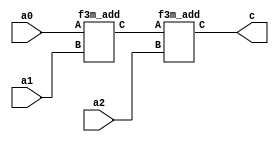
`define M     97          // M is the degree of the irreducible polynomial
`define WIDTH (2*`M-1)    // width for a GF(3^M) element
`define W2    (4*`M-1)    // width for a GF(3^{2*M}) element
`define W3    (6*`M-1)    // width for a GF(3^{3*M}) element
`define W6    (12*`M-1)   // width for a GF(3^{6*M}) element
`define PX    196'h4000000000000000000000000000000000000000001000002 // PX is the irreducible polynomial
`define ZERO {(2*`M){1'b0}}
`define TWO {(2*`M-2){1'b0}},2'b10
`define MOST 2*`M+1:2*`M

module f3m_add3(a0, a1, a2, c);
    input [`WIDTH:0] a0,a1,a2;
    output [`WIDTH:0] c;
    wire [`WIDTH:0] v;
    f3m_add
        ins1 (a0,a1,v), // v == a0+a1
        ins2 (v,a2,c);  // c == v+a2 == a0+a1+a2
endmodule

module f3m_add(A, B, C);
    input [`WIDTH : 0] A, B;
    output [`WIDTH : 0] C;
    genvar i;
    generate
        for(i=0; i<`M; i=i+1) begin: aa
            f3_add aa(A[(2*i+1) : 2*i], B[(2*i+1) : 2*i], C[(2*i+1) : 2*i]);
        end
    endgenerate
endmodule
module f3_add(A, B, C);
    input [1:0] A, B;
    output [1:0] C;
    wire a0, a1, b0, b1, c0, c1;
    assign {a1, a0} = A;
    assign {b1, b0} = B;
    assign C = {c1, c0};
    assign c0 = ( a0 & ~a1 & ~b0 & ~b1) |
                (~a0 & ~a1 &  b0 & ~b1) |
                (~a0 &  a1 & ~b0 &  b1) ;
    assign c1 = (~a0 &  a1 & ~b0 & ~b1) |
                ( a0 & ~a1 &  b0 & ~b1) |
                (~a0 & ~a1 & ~b0 &  b1) ;
endmodule